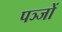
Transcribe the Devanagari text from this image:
पञ्जों